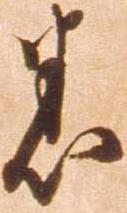
悉